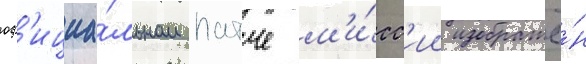
оф'ициа́льном патче м'и́сс'ии изображё́н